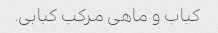
کباب و ماهی مرکب کبابی.